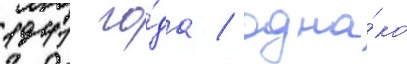
1941 го́да / одна́ко